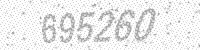
Solution: 695260